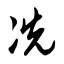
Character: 冼